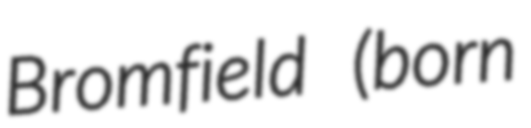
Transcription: Bromfield (born